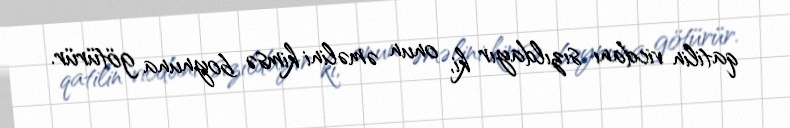
qatilin vicdanı sızıldayır ki, onun əməlini kimsə boynuna götürür.